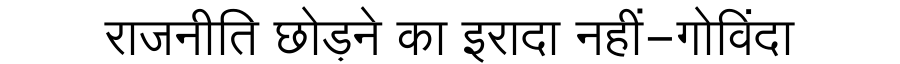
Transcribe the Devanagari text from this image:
राजनीति छोड़ने का इरादा नहीं-गोविंदा